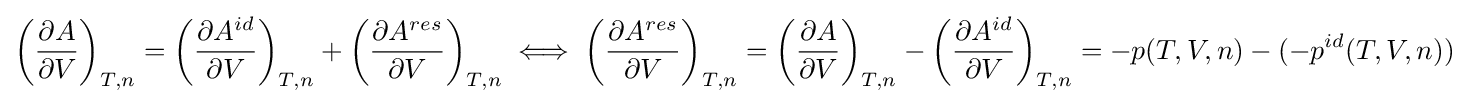
\left({\frac {\partial A}{\partial V}}\right)_{T,n}=\left({\frac {\partial A^{id}}{\partial V}}\right)_{T,n}+\left({\frac {\partial A^{res}}{\partial V}}\right)_{T,n}\iff \left({\frac {\partial A^{res}}{\partial V}}\right)_{T,n}=\left({\frac {\partial A}{\partial V}}\right)_{T,n}-\left({\frac {\partial A^{id}}{\partial V}}\right)_{T,n}=-p(T,V,n)-(-p^{id}(T,V,n))